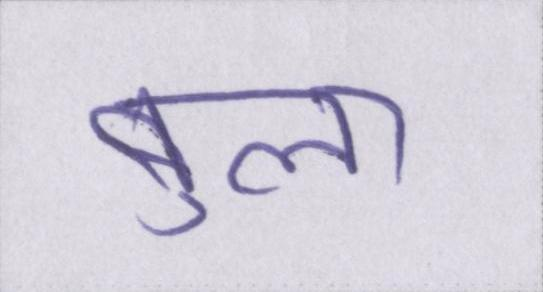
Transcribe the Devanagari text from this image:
बुला